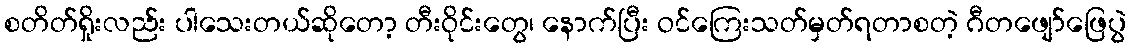
စတိတ်ရှိုးလည်း ပါသေးတယ်ဆိုတော့ တီးဝိုင်းတွေ၊ နောက်ပြီး ဝင်ကြေးသတ်မှတ်ရတာစတဲ့ ဂီတဖျော်ဖြေပွဲ